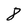
Character: 8